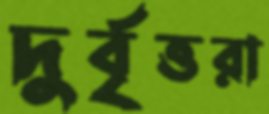
দুর্বৃত্তরা